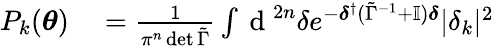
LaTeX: \begin{array}{rl}{P_{k}(\boldsymbol{\theta})}&{{}=\frac{1}{\pi^{n}\operatorname*{det}\tilde{\Gamma}}\int\mathrm{~d~}^{2n}{\delta}e^{-\boldsymbol{\delta}^{\dagger}(\tilde{\Gamma}^{-1}+\mathbb{I})\boldsymbol{\delta}}|\delta_{k}|^{2}}\end{array}